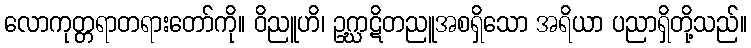
လောကုတ္တရာတရားတော်ကို။ ဝိညူဟိ၊ ဥဂ္ဃာဋိတညူအစရှိသော အရိယာ ပညာရှိတို့သည်။